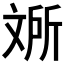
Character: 𱡥